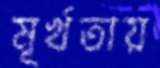
মূর্খতায়